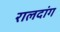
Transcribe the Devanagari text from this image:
रालदांग